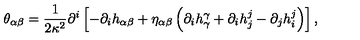
\theta _ { \alpha \beta } = { \frac { 1 } { 2 \kappa ^ { 2 } } } { \partial ^ { i } } \left[ - { \partial _ { i } } { h _ { \alpha \beta } } + { \eta _ { \alpha \beta } } \left( { \partial _ { i } } { h _ { \gamma } ^ { \gamma } } + { \partial _ { i } } { h _ { j } ^ { j } } - { \partial _ { j } } { h _ { i } ^ { j } } \right) \right] ,